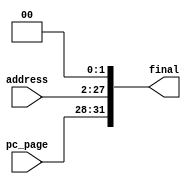
`timescale 1ns/1ns
module jAddressTo32(input [25:0] address, input [3:0] pc_page, output [31:0] final);
    wire [1:0] w_add = 2'b0;
    assign final = {pc_page, address, w_add};
endmodule